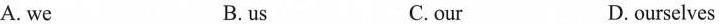
A. we B. us C. our D. ourselves